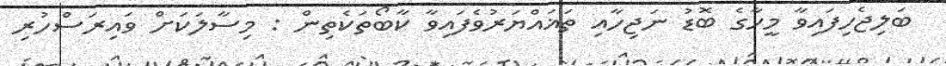
ބަލިޖެހިފައިވާ މީހާގެ ބޮޑު ނަޖިހާއި ތަޣައްޔަރުވެފައިވާ ކާބޯތަކެތިން : މިސާލަކަށް ވައިރަސްހުރި